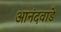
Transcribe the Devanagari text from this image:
आनंदवाडे